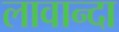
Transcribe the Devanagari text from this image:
लावान्दा